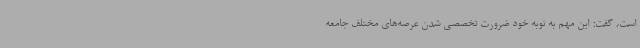
است، گفت: این مهم به نوبه خود ضرورت تخصصی شدن عرصه‌های مختلف جامعه